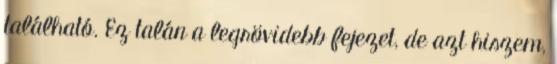
található. Ez talán a legrövidebb fejezet, de azt hiszem,